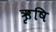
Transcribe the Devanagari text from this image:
ऋृषि